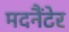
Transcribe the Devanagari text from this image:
मदनैंटेर